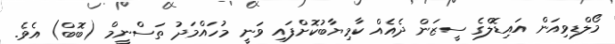
މޯލްޑިވިއަން އައިޑޮލްގެ ސީޒަން ދެއެއް ކާމިޔާބުކޮށްފައި ވަނީ މުހައްމަދު ތަސްނީމް (ބޮބް) އެވެ.